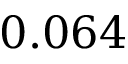
0 . 0 6 4